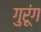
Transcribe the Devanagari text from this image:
गुरूंग